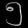
Digit: ၅